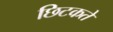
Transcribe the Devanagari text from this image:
छिटकते